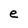
Character: e